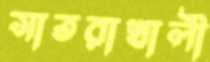
সাতরাখালী